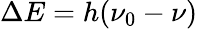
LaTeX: \Delta E=h(\nu_{0}-\nu)